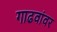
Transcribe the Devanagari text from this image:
गाढवांवर